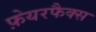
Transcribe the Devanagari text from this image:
फ़ेयरफैक्स